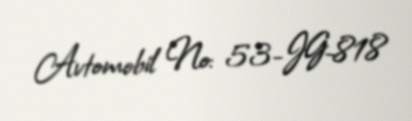
Avtomobil №: 53-JG-818